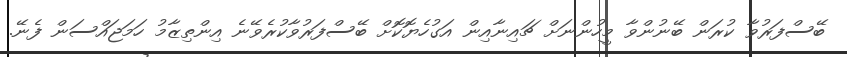
ބޭސްފަރުވާ ކުރަން ބޭނުންވާ މީހުންނަށް ޗައިނާއިން އަގުހެޔޮކޮށް ބޭސްފަރުވާކުރެވޭނެ އިންތިޒާމު ހަމަޖައްސަން ފެނޭ.